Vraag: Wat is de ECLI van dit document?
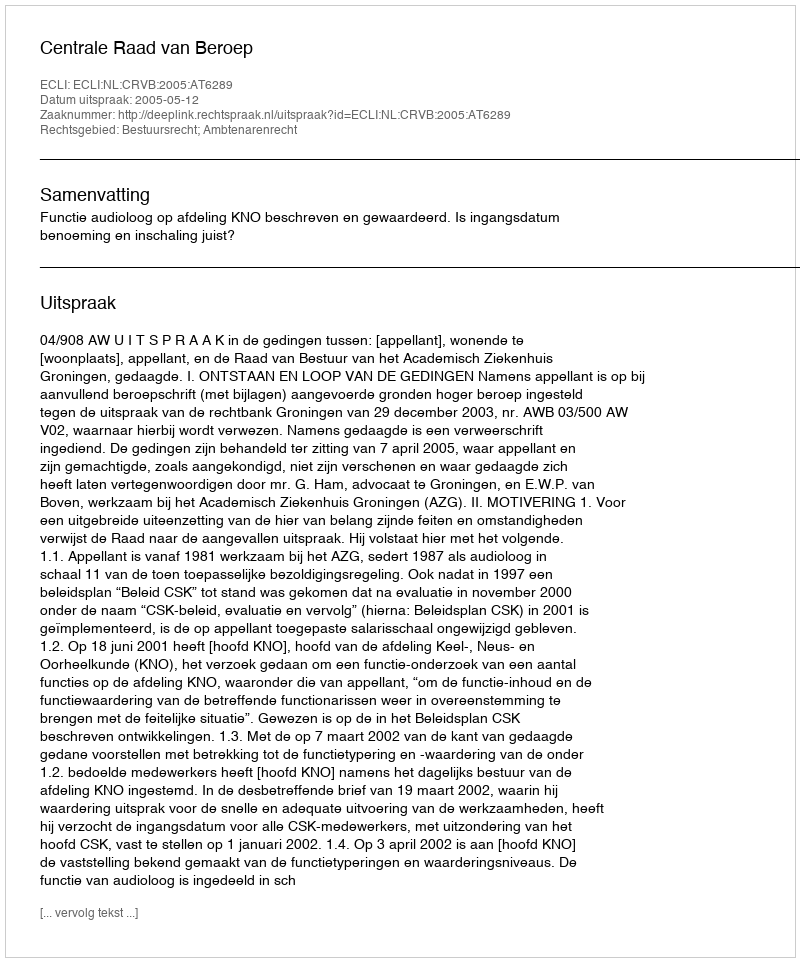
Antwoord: ECLI:NL:CRVB:2005:AT6289